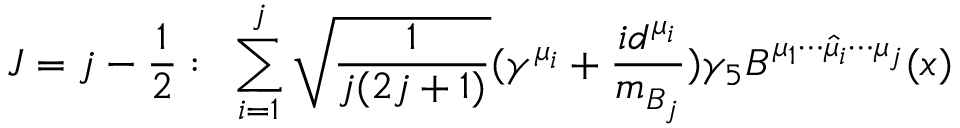
J = j - \frac { 1 } { 2 } : \, \, \, \mathop { \sum } _ { i = 1 } ^ { j } \sqrt { \frac { 1 } { j ( 2 j + 1 ) } } ( \gamma ^ { \mu _ { i } } + \frac { i d ^ { \mu _ { i } } } { m _ { B _ { j } } } ) \gamma _ { 5 } B ^ { \mu _ { 1 } \cdots \widehat { \mu } _ { i } \cdots \mu _ { j } } ( x )